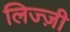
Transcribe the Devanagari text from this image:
लिज्ज़ी